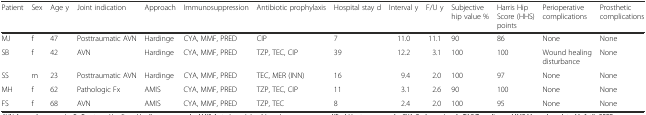
<table><thead><tr><td><b>Patient</b></td><td><b>Sex</b></td><td><b>Age y</b></td><td><b>Joint indication</b></td><td><b>Approach</b></td><td><b>Immunosuppression</b></td><td><b>Antibiotic prophylaxis</b></td><td><b>Hospital stay d</b></td><td><b>Interval y</b></td><td><b>F/U y</b></td><td><b>Subjective hip value %</b></td><td><b>Harris Hip Score (HHS) points</b></td><td><b>Perioperative complications</b></td><td><b>Prosthetic complications</b></td></tr></thead><tbody><tr><td>MJ</td><td>f</td><td>47</td><td>Posttraumatic AVN</td><td>Hardinge</td><td>CYA, MMF, PRED</td><td>CIP</td><td>7</td><td>11.0</td><td>11.1</td><td>90</td><td>86</td><td>None</td><td>None</td></tr><tr><td>SB</td><td>f</td><td>42</td><td>AVN</td><td>Hardinge</td><td>CYA, MMF, PRED</td><td>TZP, TEC, CIP</td><td>39</td><td>12.2</td><td>3.1</td><td>100</td><td>100</td><td>Wound healing disturbance</td><td>None</td></tr><tr><td>SS</td><td>m</td><td>23</td><td>Posttraumatic AVN</td><td>Hardinge</td><td>CYA, MMF, PRED</td><td>TEC, MER (INN)</td><td>16</td><td>9.4</td><td>2.0</td><td>100</td><td>97</td><td>None</td><td>None</td></tr><tr><td>MH</td><td>f</td><td>62</td><td>Pathologic Fx</td><td>AMIS</td><td>CYA, MMF, PRED</td><td>TZP, TEC, CIP</td><td>11</td><td>3.1</td><td>2.6</td><td>90</td><td>100</td><td>None</td><td>None</td></tr><tr><td>FS</td><td>f</td><td>68</td><td>AVN</td><td>AMIS</td><td>CYA, MMF, PRED</td><td>TZP, TEC</td><td>8</td><td>2.4</td><td>2.0</td><td>100</td><td>95</td><td>None</td><td>None</td></tr></tbody></table>